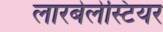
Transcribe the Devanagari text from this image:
लारबेलेस्टियर